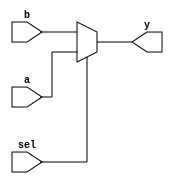
//multiplexer 2 to 1
//with continuous assignment
module mux_2to1 ( output y, 
                    input  a,b,sel
    
);

assign y =  sel ? a : b ;

initial begin
    $display ("debugging design");
end 

endmodule //mux_2to1